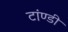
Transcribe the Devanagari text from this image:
टांण्डी